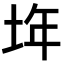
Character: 𡋂